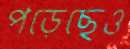
পড়েছেও